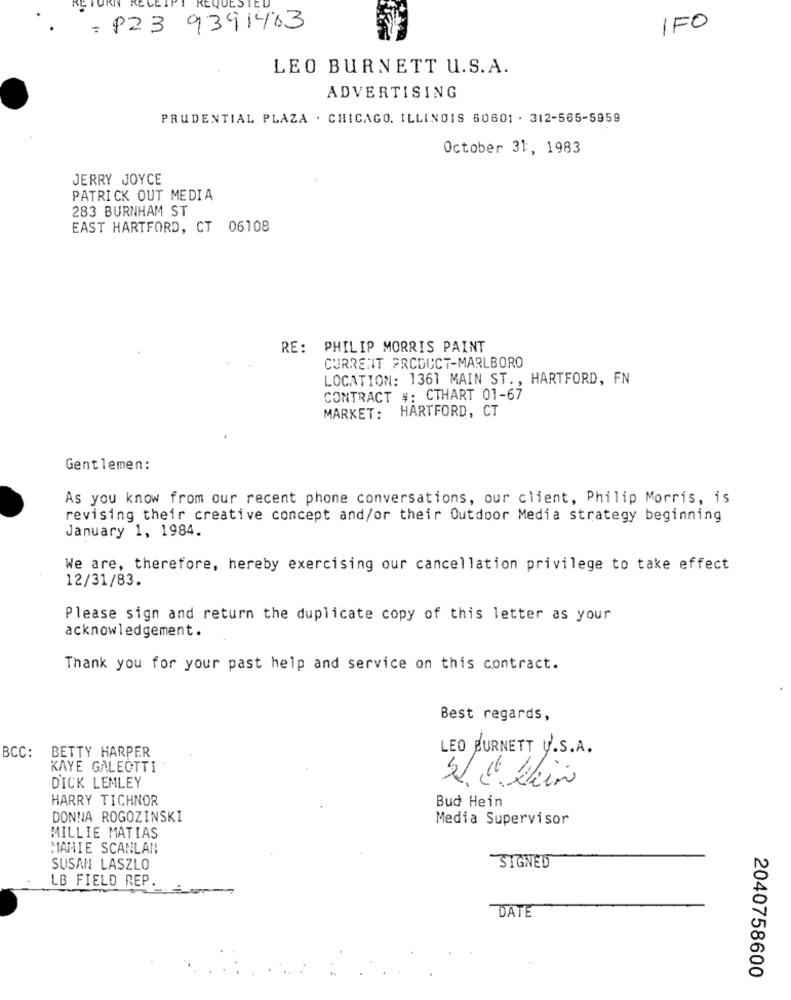
: P23 9391463
IFO
LEO BURNETT U. S.A.
ADVERTISING
PRUDENTIAL PLAZA . CHICAGO, ILLINOIS 60601 . 312-565-5959
October 31, 1983
JERRY JOYCE
PATRICK OUT MEDIA
283 BURNHAM ST
EAST HARTFORD, CT 06108
RE: PHILIP MORRIS PAINT
CURRENT PRODUCT-MARLBORO
LOCATION: 1361 MAIN ST ., HARTFORD, FN
CONTRACT #: CTHART 01-67
MARKET: HARTFORD, CT
Gentlemen:
As you know from our recent phone conversations, our client, Philip Morris, is
revising their creative concept and/or their Outdoor Media strategy beginning
January 1, 1984.
We are, therefore, hereby exercising our cancellation privilege to take effect
12/31/83.
Please sign and return the duplicate copy of this letter as your
acknowledgement.
Thank you for your past help and service on this contract.
Best regards,
BETTY HARPER
BCC:
LEO BURNETT U.S.A.
KAYE GALEOTTI
DICK LEMLEY
SIE Kein
HARRY TICHNOR
Bud Hein
DONNA ROGOZINSKI
Media Supervisor
MILLIE MATIAS
MAMIE SCANLAN
SUSAN LASZLO
SIGNED
LB FIELD REP.
DATE
2040758600